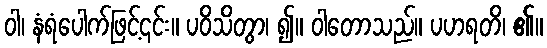
ဝါ၊ နံရံပေါက်ဖြင့်၎င်း။ ပဝိသိတွာ၊ ၍။ ဝါတောသည်။ ပဟရတိ၊ ၏။